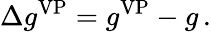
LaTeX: \Delta{g}^{\mathrm{VP}}=g^{\mathrm{VP}}-g\, .